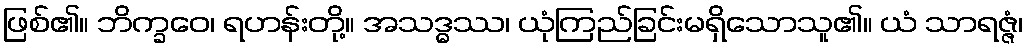
ဖြစ်၏။ ဘိက္ခဝေ၊ ရဟန်းတို့။ အသဒ္ဓဿ၊ ယုံကြည်ခြင်းမရှိသောသူ၏။ ယံ သာရဇ္ဇံ၊